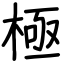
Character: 極